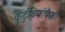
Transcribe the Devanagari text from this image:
कुटुंबियांपैकी